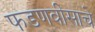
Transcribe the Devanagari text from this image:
फडणवीसाचे